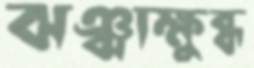
ঝঞ্ঝাক্ষুব্ধ